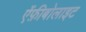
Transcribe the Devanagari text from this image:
ऐंफ़ीबोलाइट